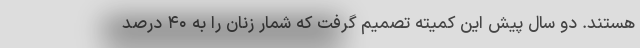
هستند. دو سال پیش این کمیته تصمیم گرفت که شمار زنان را به ۴۰ درصد